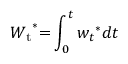
{ W _ { \mathrm { { t } } } } ^ { * } \mathrm { { = } } \int _ { 0 } ^ { t } { { w _ { t } } ^ { * } d t }